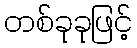
တစ်ခုခုဖြင့်